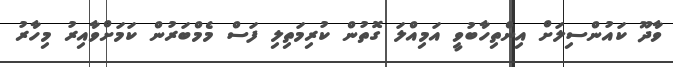
ވާދޫ ކައުންސިލަށް އިންތިހާބުވީ އަމިއްލަ ގޮތުން ކުރިމަތިލި ފަސް މެމްބަރުން ކަމަށްވާއިރު މިހާރު